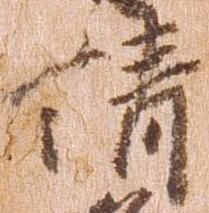
請